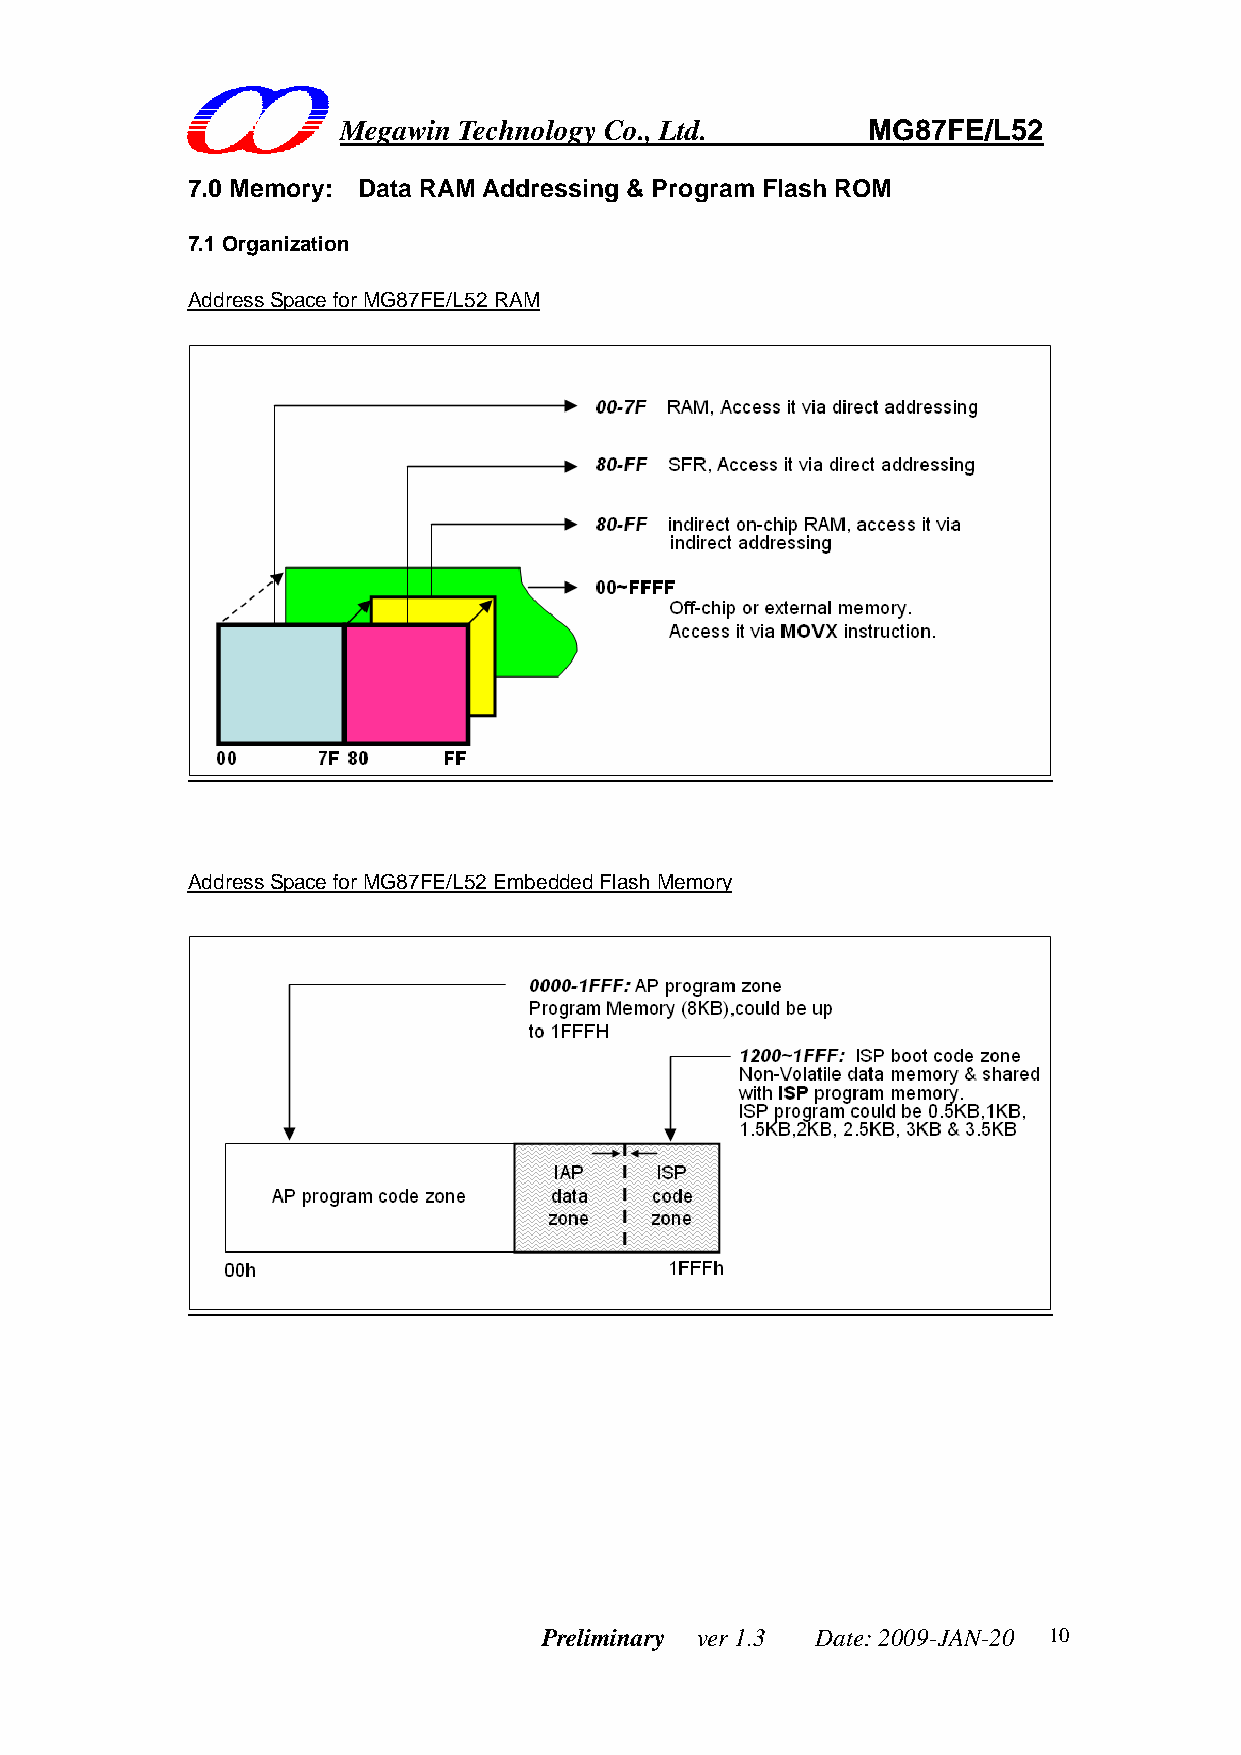
Megawin Technology Co., Ltd.       MG87FE/L52
 7.0 Memory: Data RAM Addressing & Program Flash ROM
 7.1 Organization
 Address Space for MG87FE/L52 RAM
 Address Space for MG87FE/L52 Embedded Flash Memory
 Preliminary ver 1.3 Date: 2009-JAN-20 10